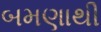
બમણાથી